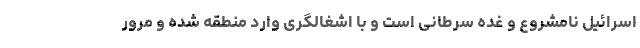
اسرائیل نامشروع و غده سرطانی است و با اشغالگری وارد منطقه شده و مرور